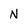
Character: N